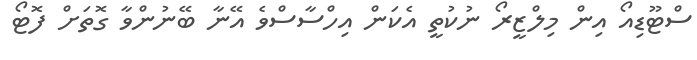
ސްޓޫޑިއޯ އިން މިލްޒީރޯ ނުކުތީ އެކަން އިހްސާސްވެ އޭނާ ބޭނުންވާ ގޮތަށް ފޮޓޯ